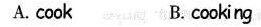
A. cook B. cooking